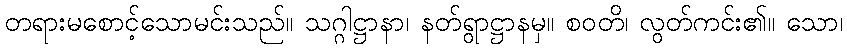
တရားမစောင့်သောမင်းသည်။ သဂ္ဂါဋ္ဌာနာ၊ နတ်ရွာဋ္ဌာနမှ။ စဝတိ၊ လွတ်ကင်း၏။ သော၊